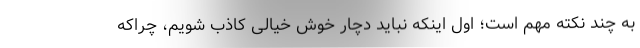
به چند نکته مهم است؛ اول اینکه نباید دچار خوش خیالی کاذب شویم، چراکه